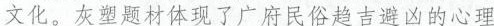
文化。灰塑题材体现了广府民俗趋吉避凶的心理